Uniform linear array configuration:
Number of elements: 32
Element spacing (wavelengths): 0.5
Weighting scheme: cosine
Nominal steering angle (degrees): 30
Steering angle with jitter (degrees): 29.366
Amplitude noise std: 0.05
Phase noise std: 0.05

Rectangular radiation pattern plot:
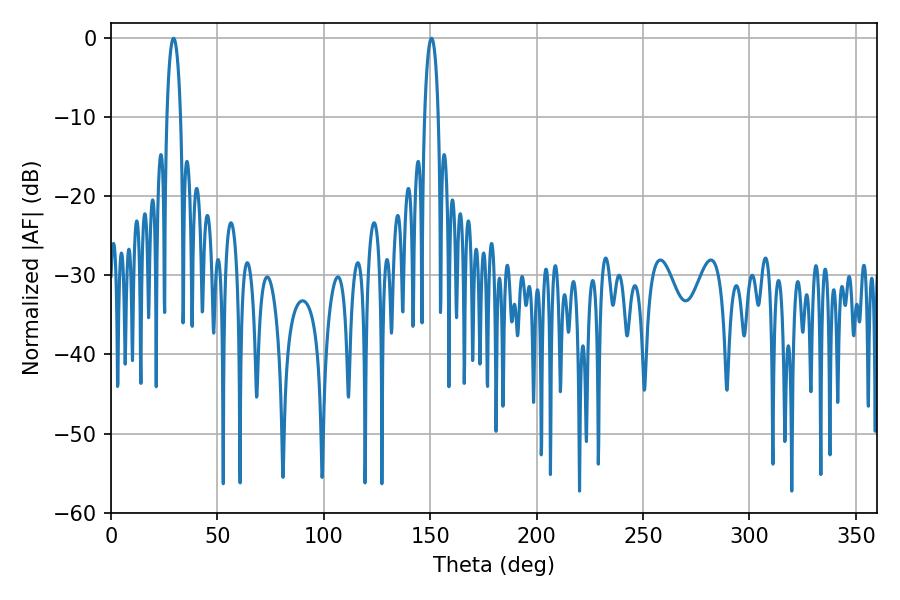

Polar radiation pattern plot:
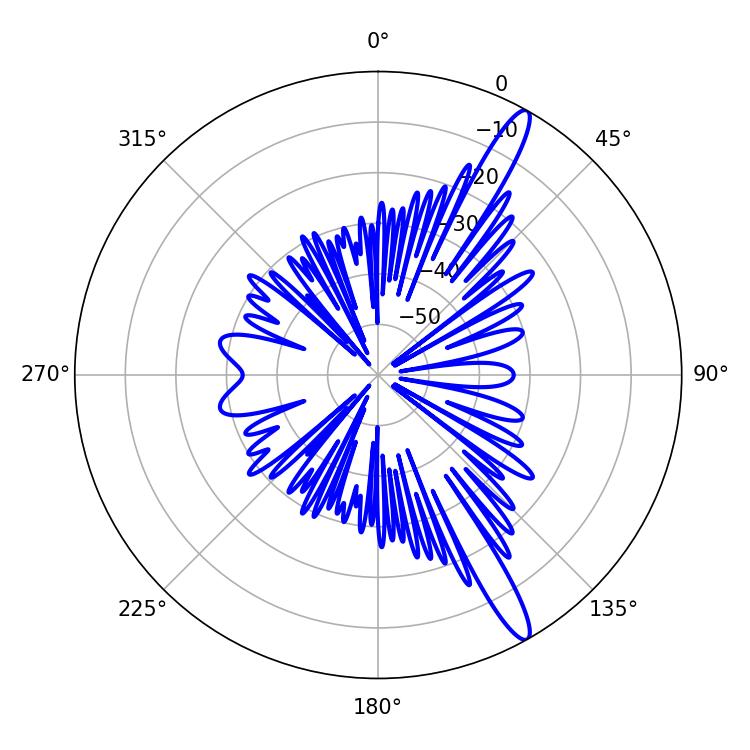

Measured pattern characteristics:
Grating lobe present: FALSE
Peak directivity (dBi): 14.546
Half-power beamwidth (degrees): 3.78
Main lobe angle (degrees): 29.34